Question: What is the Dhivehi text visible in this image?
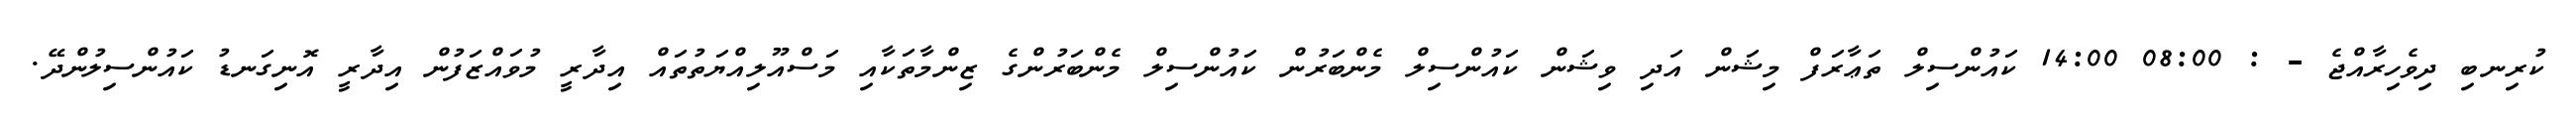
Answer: ކުރިނބި ދިވެހިރާއްޖެ - : 08:00 14:00 ކައުންސިލް ތަޢާރަފް މިޝަން އަދި ވިޝަން ކައުންސިލް މެންބަރުން ކައުންސިލް މެންބަރުންގެ ޒިންމާތަކާއި މަސްއޫލިއްޔަތުތައް އިދާރީ މުވައްޒަފުން އިދާރީ އޮނިގަނޑު ކައުންސިލުންދޭ.